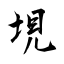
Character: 垷